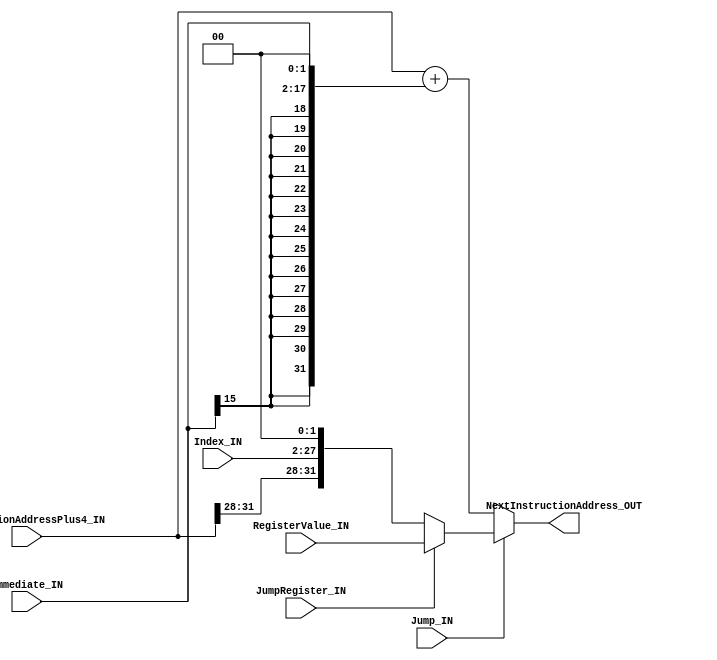
module NextInstructionCalculator(

	//MODULE INPUTS

		input [31:0] 	InstructionAddressPlus4_IN,	/* PC of the current instruction + 4*/

		input [15:0] 	Immediate_IN,
		input [25:0]	Index_IN,

		input 		Jump_IN,			/* Whether this instruction is a jump */
		input 		JumpRegister_IN,		/* Whether this is a jump register instruction */
		input [31:0] 	RegisterValue_IN,		/* If this is a jump register instruction, the value of the register (jump destination)*/

	//MODULE OUTPUTS

		output [31:0] 	NextInstructionAddress_OUT	/* Where we need to jump to */

);

wire [31:0] signExtended_shifted_immediate;
wire [31:0] jumpDestination_immediate;
wire [31:0] branchDestination_immediate;

assign signExtended_shifted_immediate 	= {{14{Immediate_IN[15]}},Immediate_IN,2'b00};
assign jumpDestination_immediate 	= {InstructionAddressPlus4_IN[31:28],Index_IN,2'b00};
assign branchDestination_immediate 	= InstructionAddressPlus4_IN + signExtended_shifted_immediate;

assign NextInstructionAddress_OUT 	= Jump_IN ? ( JumpRegister_IN ? RegisterValue_IN : jumpDestination_immediate ) : branchDestination_immediate;

endmodule